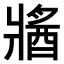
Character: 𤖕